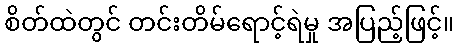
စိတ်ထဲတွင် တင်းတိမ်ရောင့်ရဲမှု အပြည့်ဖြင့်။